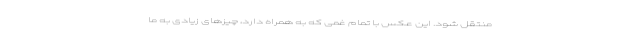
منتقل شود. این عکس با تمام غمی که به همراه دارد، چیزهای زیادی به ما